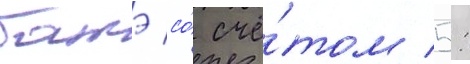
батэ со́ счё́том 5: